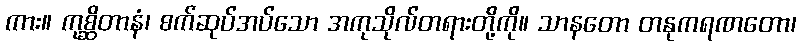
ကား။ ကုစ္ဆိတာနံ၊ စက်ဆုပ်အပ်သော အကုသိုလ်တရားတို့ကို။ သာနတော တနုကရဏတော၊